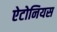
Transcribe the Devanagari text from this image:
ऐटोनियस